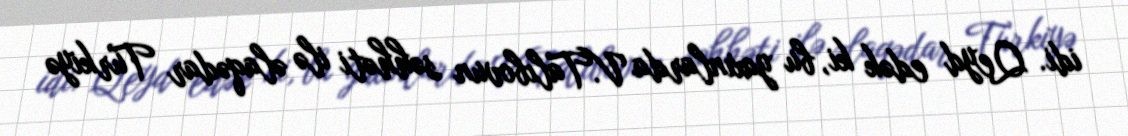
idi. Qeyd edək ki, bu yaxınlarda V.Talıbovun səhhəti ilə əlaqədar Türkiyə